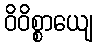
ဝိဝိစ္စာယျေ